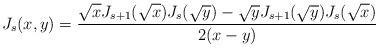
LaTeX: \begin{align*}J_s(x,y)=\frac{\sqrt{x}J_{s+1}(\sqrt{x})J_s(\sqrt{y})-\sqrt{y}J_{s+1}(\sqrt{y})J_s(\sqrt{x})}{2(x-y)}\end{align*}